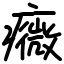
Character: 癓